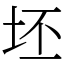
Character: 坯